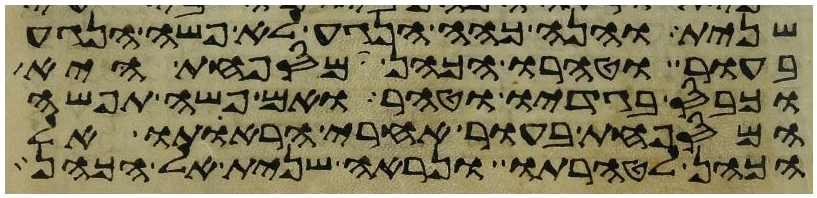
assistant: שנית והנה כהה הנגע לא פשה הנגע
בעור וטהרו הכהן המספחת היא
וכבס בגדיו וטהר ואם פשה תפשה
המספחת בעור אחרי הראתו אל
הכהן לטהרתו ונראה שנית אל הכהן